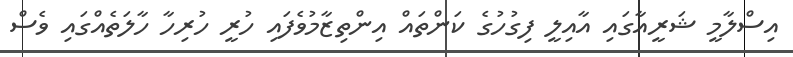
އިސްލާމީ ޝަރީއާގައި އާއިލީ ފިގުހުގެ ކަންތައް އިންތިޒާމުވެފައި ހުރީ ހުރިހާ ހާލަތެއްގައި ވެސް